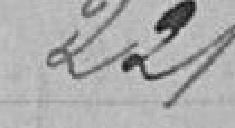
221